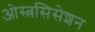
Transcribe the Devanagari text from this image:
ओस्त्रसिसेशन